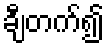
ချီတက်၍